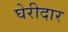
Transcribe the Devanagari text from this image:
घेरीदार